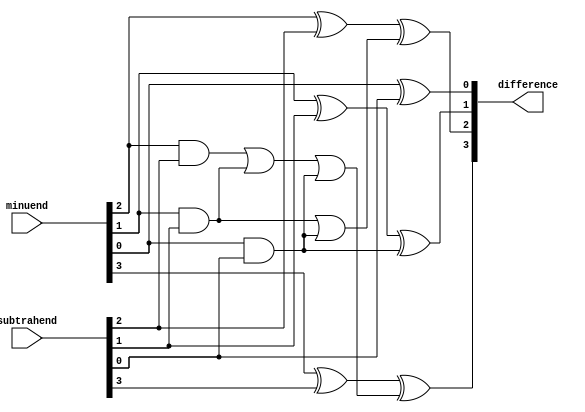
module Combinational_logic_blocks_Subtractor (
    input [3:0] minuend,
    input [3:0] subtrahend,
    output reg [3:0] difference
);

assign difference[0] = minuend[0] ^ subtrahend[0];
assign difference[1] = (minuend[1] ^ subtrahend[1]) ^ (minuend[0] & subtrahend[0]);
assign difference[2] = (minuend[2] ^ subtrahend[2]) ^ ((minuend[1] & subtrahend[1]) | (minuend[0] & subtrahend[0]));
assign difference[3] = (minuend[3] ^ subtrahend[3]) ^ ((minuend[2] & subtrahend[2]) | (minuend[1] & subtrahend[1]) | (minuend[0] & subtrahend[0]));

endmodule